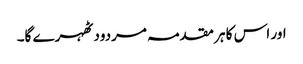
اور اس کا ہر مقدمہ مردود ٹھہرے گا۔